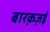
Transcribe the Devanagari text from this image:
बारक़ज़ई